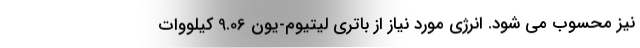
نیز محسوب می شود. انرژی مورد نیاز از باتری لیتیوم-یون 9.06 کیلووات